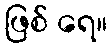
ဖြစ် ရေ။